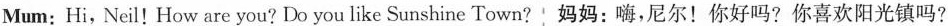
Mum: Hi, Neil! How are you? Do you like Sunshine Town? 妈妈：嗨,尼尔！你好吗？你喜欢阳光镇吗？